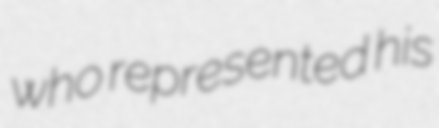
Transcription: who represented his